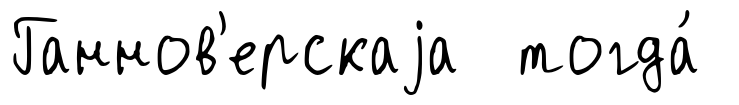
Ганнов'ерскаjа тогда́